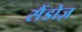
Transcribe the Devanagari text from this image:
सैंडोज़